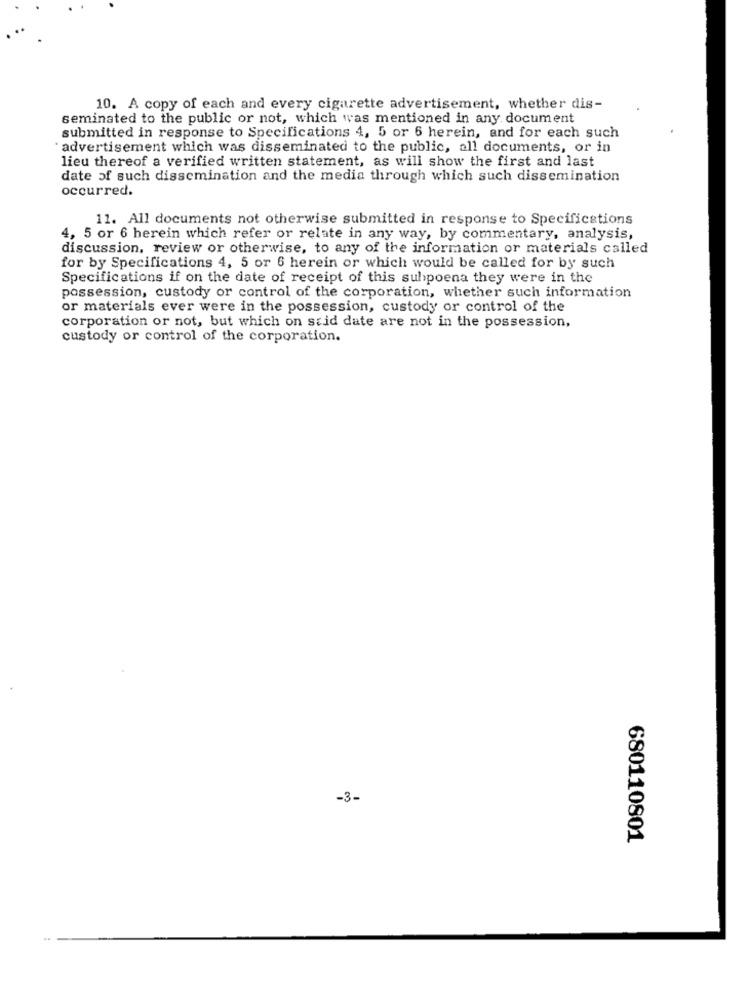
10. A copy of each and every cigarette advertisement, whether dis-
seminated to the public or not, which was mentioned in any document
submitted in response to Specifications 4, 5 or 6 herein, and for each such
" advertisement which was disseminated to the public, all documents, or in
lieu thereof a verified written statement, as will show the first and last
date of such dissemination and the media through which such dissemination
occurred.
11. All documents not otherwise submitted in response to Specifications
4, 5 or 6 herein which refer or relate in any way, by commentary, analysis,
discussion, review or otherwise, to any of the information or materials called
for by Specifications 4, 5 or 6 herein or which would be called for by such
Specifications if on the date of receipt of this subpoena they were in the
possession, custody or control of the corporation, whether such information
or materials ever were in the possession, custody or control of the
corporation or not, but which on stid date are not in the possession,
custody or control of the corporation.
-3.
680110801